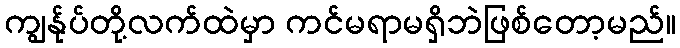
ကျွန်ုပ်တို့လက်ထဲမှာ ကင်မရာမရှိဘဲဖြစ်တော့မည်။